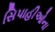
સિપાહીઓના